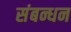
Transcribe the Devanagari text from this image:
संबन्धन